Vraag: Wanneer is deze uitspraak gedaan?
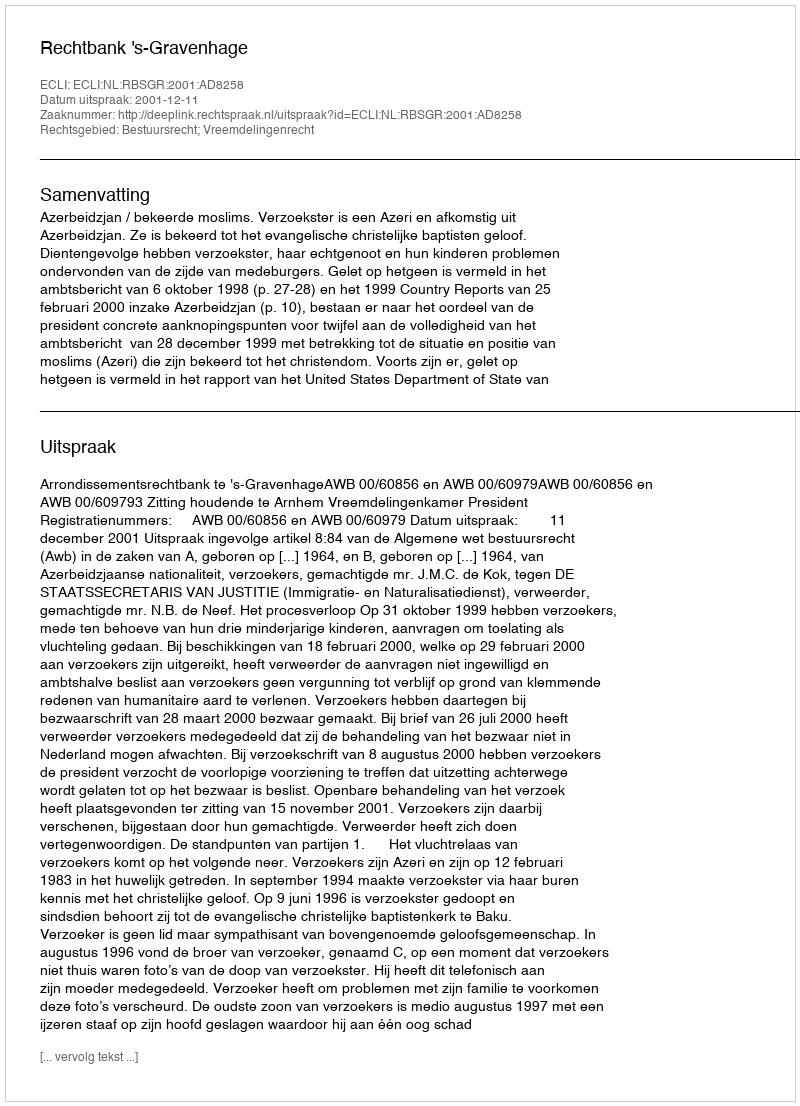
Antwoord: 2001-12-11